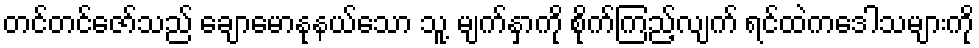
တင်တင်ဇော်သည် ချောမောနုနယ်သော သူ့ မျက်နှာကို စိုက်ကြည့်လျက် ရင်ထဲကဒေါသများကို